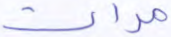
مرات